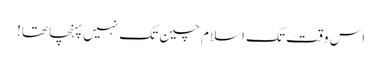
اس وقت تک اسلام چین تک نہیں پہنچا تھا!